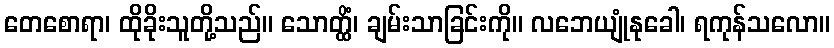
တေစောရာ၊ ထိုခိုးသူတို့သည်။ သောတ္ထိံ၊ ချမ်းသာခြင်းကို။ လဘေယျုံနုခေါ၊ ရကုန်သလော။